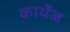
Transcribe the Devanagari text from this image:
कार्थेंज